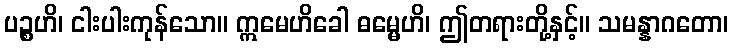
ပဉ္စဟိ၊ ငါးပါးကုန်သော။ ဣမေဟိခေါ ဓမ္မေဟိ၊ ဤတရားတို့နှင့်။ သမန္နာဂတော၊